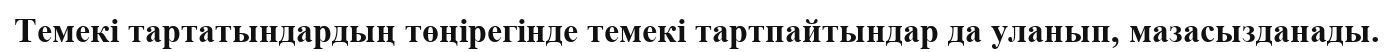
Темекі тартатындардың төңірегінде темекі тартпайтындар да уланып, мазасызданады.